Civil Veterinary Department. Madras. Admin. report 1910-25 - 1910-1925
Year: 1910
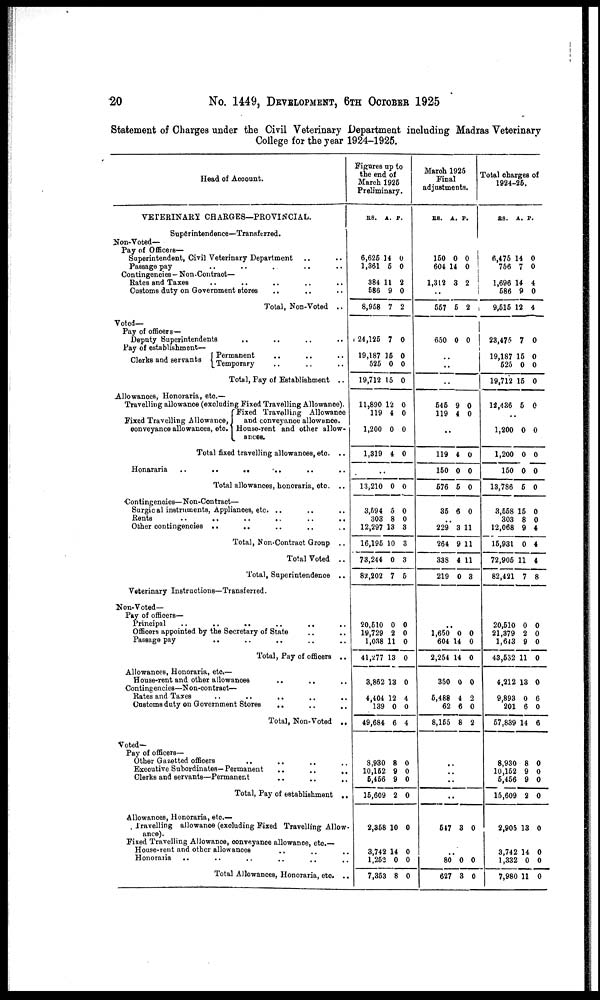
20
No. 1449, DEVELOPMENT, 6TH OCTOBER 1925
Statement of Charges under the Civil Veterinary Department including Madras Veterinary
College for the year 1924-1925.
Head of Account.
VETERINARY CHARGES—PROVINCIAL.
Superintendence—Transferred.
Non-Voted—
Pay of Officers-
Superintendent, Cm] Veterinary Department .. ..
Passage pay .. .. .. .. .. ..
Contingencies — Non-Contract—
Rates and Taxes .. .. .. .. ..
Customs duty on Government stores .. .. ..
Total, Non-Voted ..
Voted—
Pay of officers—
Deputy Superintendents
..
..
Pay of establishment—
Permanent .. .. .. ..
Clerks and servants
Temporary
..
..
..
Total, Pay of Establishment ..
Allowances, Honoraria, etc.—
Travelling allowance (excluding Fixed Travelling Allowance).
Fixed Travelling Allowance
Fixed Travelling Allowance,
and conveyance allowance.
conveyance allowances, etc. House-rent and other allow-
ances.
Total fixed travelling allowances, etc. ..
Honararia
..
..
.. .. ..
Total allowances, honoraria, etc. ..
Contingencies—Non-Contract—
Surgical instruments, Appliances, etc. .. .. .. ..
Rents
..
..
..
..
..
..
Other contingencies ..
.. .. .. ..
Total, Non-Contract Group ..
Total Voted ..
Total, Superintendence ..
Veterinary Instructions—Transferred.
Non-Voted—
Pay of officers—
Principal
..
..
.. ..
Officers appointed by the Secretary of State .. ..
Passage pay
.. .. .. ..
Total, Pay of officers ..
Allowances, Honoraria, etc.—
House-rent and other allowances
..
..
..
Contingencies—Non-contract—
Rates and Taxes
Customs duty on Government Stores .. .. ..
Total, Non-Voted
..
Voted—
Pay of officers—
Other Gazetted officers .. .. .. ..
Executive Subordinates—Permanent
..
..
..
Clerks and servants—Permanent
..
..
..
Total, Pay of establishment
..
Allowances, Honoraria, etc—
Travelling allowance (excluding Fixed Travelling Allow-
Fixed Travelling Allowance, conveyance allowance, etc—
House-rent and other allowances .. ..
Honoraria .. .. .. ..
Total Allowances, Honoraria, etc ..
Figures up to
the end of
March 1925
Preliminary.
RS.
6,625
1,361
384
586
8,958
24,125
19,187
525
19,712
11,890
119
1,200
1,319
..
13,210
3,594
303
12,297
16,195
73,244
82,202
20,510
19,729
1,038
41,277
3,862
4,404
139
49,684
8,930
10,162
5,456
15,609
2,358
3,742
1,262
7,353
A.
14
5
11
9
7
7
15
0
15
12
4
0
4
0
5
8
13
10
0
7
0
2
11
13
13
12
0
6
8
9
9
2
10
14
0
8
P.
0
0
2
0
2
0
0
0
0
0
0
0
0
0
0
0
8
3
3
5
0
0
0
0
0
4
0
4
0
0
0
0
0
0
0
0
March 1925
Final
adjustments.
RS.
150
604
1,342
..
557
650
..
..
..
545
119
..
119
150
576
35
229
264
338
219
..
1,650
604
2,254
350
5,488
62
8,165
..
..
..
547
..
80
627
A.
0
14
3
5
0
9
4
4
0
5
6
3
9
4
0
0
14
14
0
4
6
8
3
0
3
P.
0
0
2
2
0
0
0
0
0
0
0
11
11
11
3
0
0
0
0
2
0
2
0
0
0
Total charges of
1924-25.
RS.
6,475
756
1,696
586
9,515
23,475
19,187
525
19,712
12,436
1,200
1,200
150
13,786
3,558
303
12,068
15,931
72,905
82,421
20,510
21,379
1,643
43,532
4,212
9,893
201
57,839
8,930
10 152
5,456
15,609
2,905
3,742
1,332
7,980
A.
14
7
14
9
12
7
15
0
15
5
0
0
0
5
15
8
9
0
11
7
0
2
9
11
13
0
6
14
8
9
9
2
13
14
0
11
P.
0
0
4
0
4
0
0
0
0
0
0
0
0
0
0
0
4
4
4
8
0
0
0
0
0
6
0
6
0
0
0
0
0
0
0
0